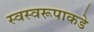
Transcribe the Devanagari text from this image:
स्वस्वरूपाकडे